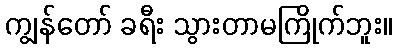
ကျွန်တော် ခရီး သွားတာမကြိုက်ဘူး။